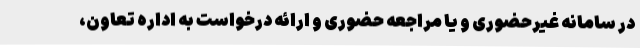
در سامانه غیرحضوری و یا مراجعه حضوری و ارائه درخواست به اداره تعاون،